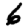
Digit: 6